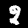
Label: 8